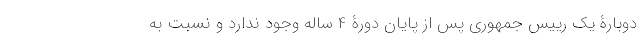
دوبارۀ یک رییس جمهوری پس از پایان دورۀ 4 ساله وجود ندارد و نسبت به